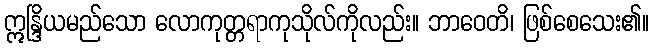
ဣန္ဒြိယမည်သော လောကုတ္တရာကုသိုလ်ကိုလည်း။ ဘာဝေတိ၊ ဖြစ်စေသေး၏။